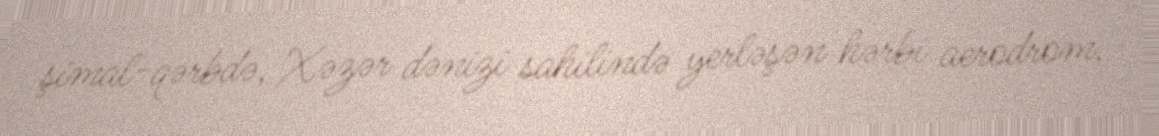
şimal-qərbdə, Xəzər dənizi sahilində yerləşən hərbi aerodrom.